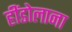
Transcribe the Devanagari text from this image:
हींडोलाना